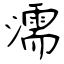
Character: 濡